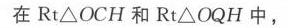
在$\text{Rt}\triangle OCH$和$\text{Rt}\triangle OQH$中，